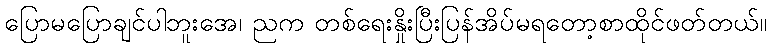
ပြောမပြောချင်ပါဘူးအေ၊ ညက တစ်ရေးနှိုးပြီးပြန်အိပ်မရတော့စာထိုင်ဖတ်တယ်။